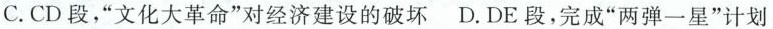
C.CD段，”文化大革命”对经济建设的破坏 D.DE段，完成”两弹一星”计划